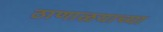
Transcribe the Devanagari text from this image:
ठाणाळयाच्या